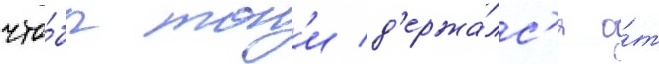
что́бы тон'и д'ержа́лс'я о́т